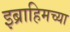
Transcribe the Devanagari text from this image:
इब्राहिमच्या